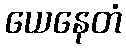
ယေနေတံ